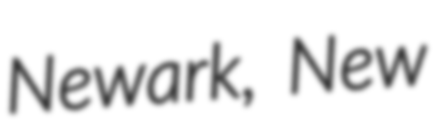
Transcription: Newark, New